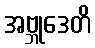
အဗ္ဘုဒေတိ